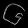
Digit: ၆